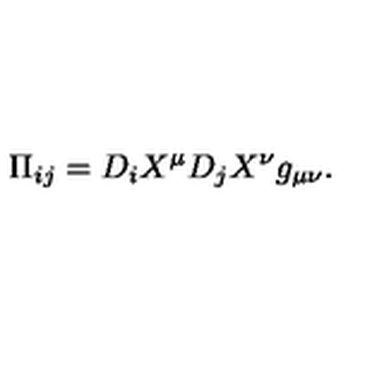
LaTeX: \Pi _ { i j } = D _ { i } X ^ { \mu } D _ { j } X ^ { \nu } g _ { \mu \nu } .